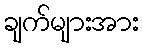
ချက်များအား